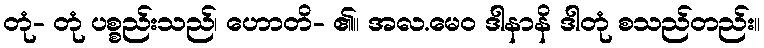
တုံ- တုံ ပစ္စည်းသည်၊ ဟောတိ- ၏။ အလ.မေဝ ဒါနာနိ ဒါတုံ စသည်တည်း။